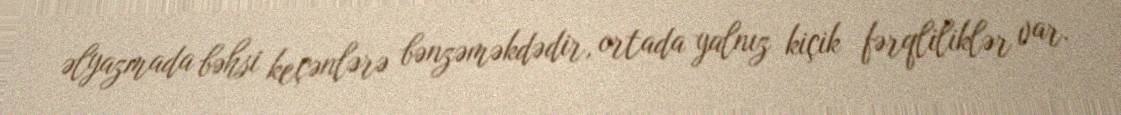
əlyazmada bəhsi keçənlərə bənzəməkdədir, ortada yalnız kiçik fərqliliklər var.